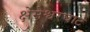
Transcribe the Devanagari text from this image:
क्षेमेश्वरघाट